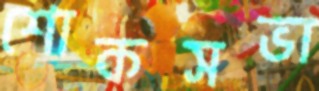
শোকসভা